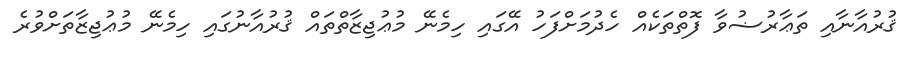
ޤުރުއާނާއި ތަޢާރުޟުވާ ފޮތްތަކެއް ހެދުމަށްފަހު އޭގައި ހިމެނޭ މުޢުޖިޒާތްތައް ޤުރުއާނުގައި ހިމެނޭ މުޢުޖިޒާތަށްވުރެ